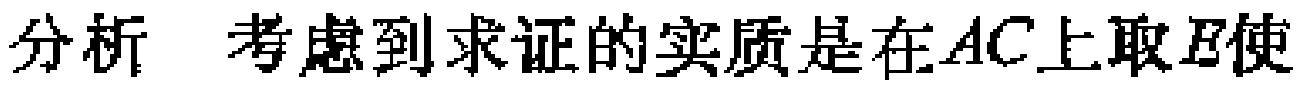
分析 考虑到求证的实质是在\(AC\)上取\(E\)使